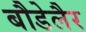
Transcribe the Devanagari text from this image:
बौडेलैर